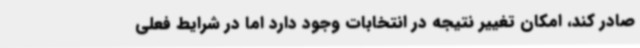
صادر کند، امکان تغییر نتیجه در انتخابات وجود دارد اما در شرایط فعلی